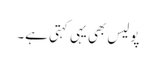
پولیس بھی یہی کہتی ہے۔